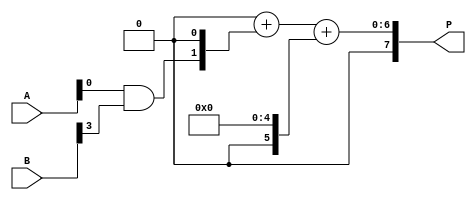
module wallace_tree_multiplier #(parameter N = 4) (
    input [N-1:0] A,
    input [N-1:0] B,
    output reg [2*N-1:0] P
);

    // Partial product generation
    wire [N-1:0] pp [0:N-1]; // Partial products
    genvar i;
    generate
        for (i = 0; i < N; i = i + 1) begin : pp_gen
            assign pp[i] = A & {N{B[i]}};
        end
    endgenerate

    // Intermediate signals for reduction
    wire [N-1:0] sum [0:N-1];
    wire [N-1:0] carry [0:N-1];

    // Wallace tree reduction
    integer j, k;
    always @(*) begin
        // Initialize sums and carries
        for (j = 0; j < N; j = j + 1) begin
            sum[0][j] = pp[j][0];
            carry[0][j] = 0;
        end

        // Stage 1: Combine pairs of partial products
        for (j = 0; j < N; j = j + 1) begin
            if (j % 2 == 0 && j + 1 < N) begin
                {carry[1][j/2], sum[1][j/2]} = pp[j] + pp[j + 1];
            end else if (j % 2 == 1) begin
                sum[1][j/2] = pp[j];
                carry[1][j/2] = 0;
            end
        end

        // Stage 2: Combine sums and carries
        for (j = 0; j < (N + 1) / 2; j = j + 1) begin
            if (j % 2 == 0 && j + 1 < (N + 1) / 2) begin
                {carry[2][j/2], sum[2][j/2]} = sum[1][j] + sum[1][j + 1] + carry[1][j];
            end else if (j % 2 == 1) begin
                sum[2][j/2] = sum[1][j];
                carry[2][j/2] = carry[1][j];
            end
        end

        // Final addition stage
        P = 0;
        for (k = 0; k < (N + 1) / 4; k = k + 1) begin
            P = P + (sum[2][k] << (k + 1));
        end
        P = P + (sum[2][(N + 1) / 4] << (N + 1));
    end

endmodule